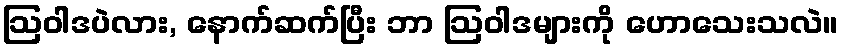
ဩဝါဒပဲလား, နောက်ဆက်ပြီး ဘာ ဩဝါဒများကို ဟောသေးသလဲ။